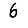
Digit: 6